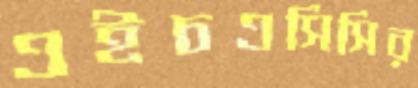
এইচএসিসির